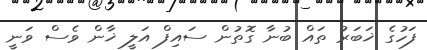
ފަހުގެ ޚަބަރު ތައް ބުނާ ގޮތުން ސައިފް އަލީ ޚާން ވެސް ވަނީ